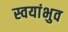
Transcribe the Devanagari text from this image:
स्वयांभुव